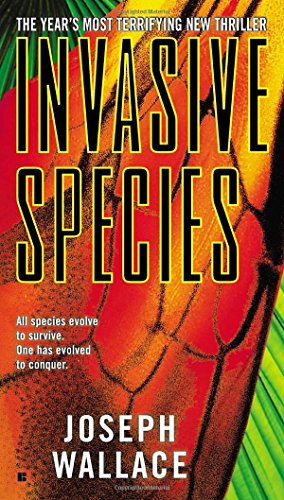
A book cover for Invasive Species; Joseph Wallace; Science Fiction & Fantasy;